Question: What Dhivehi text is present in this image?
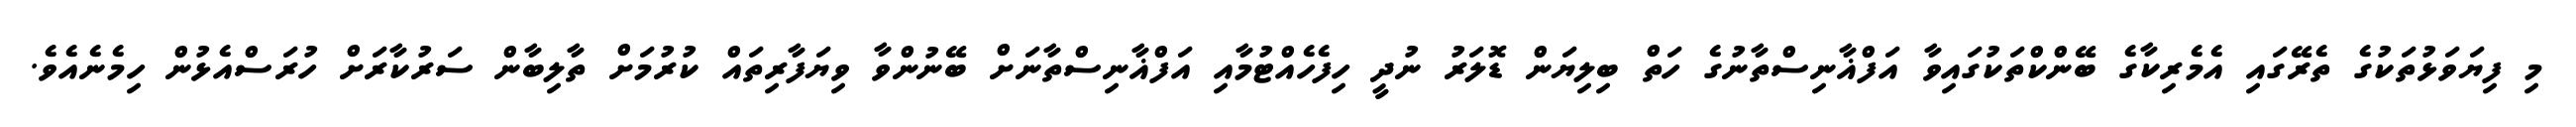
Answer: މި ފިޔަވަޅުތަކުގެ ތެރޭގައި އެމެރިކާގެ ބޭންކްތަކުގައިވާ އަފްޣާނިސްތާނުގެ ހަތް ބިލިޔަން ޑޮލަރު ނުދީ ހިފެހެއްޓުމާއި އަފްޣާނިސްތާނަށް ބޭނުންވާ ވިޔަފާރިތައް ކުރުމަށް ތާލިބާން ސަރުކާރަށް ހުރަސްއެޅުން ހިމެނެއެވެ.